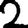
Digit: 2